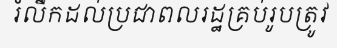
រំលឹកដល់ប្រជាពលរដ្ឋគ្រប់រូបត្រូវ